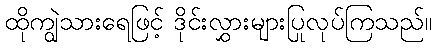
ထိုကျွဲသားရေဖြင့် ဒိုင်းလွှားများပြုလုပ်ကြသည်။